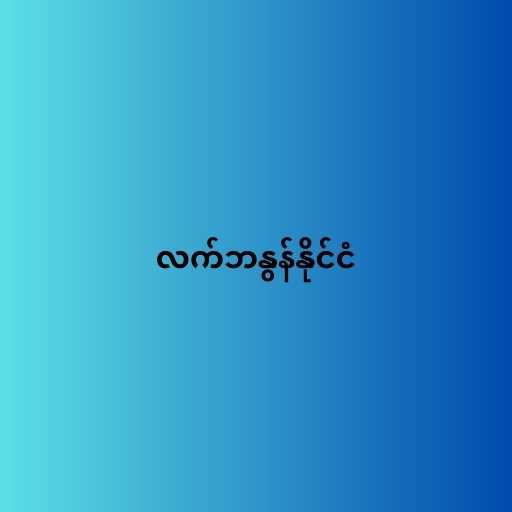
လက်ဘနွန်နိုင်ငံ